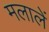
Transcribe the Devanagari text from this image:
मलालें